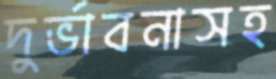
দুর্ভাবনাসহ